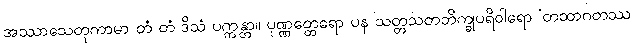
အဿာသေတုကာမာ တံ တံ ဒိသံ ပက္ကန္တာ။ ပုဏ္ဏတ္ထေရော ပန သတ္တသတဘိက္ခုပရိဝါရော ‘တထာဂတဿ